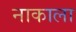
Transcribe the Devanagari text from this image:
नाकाला